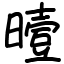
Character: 曀